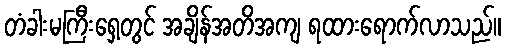
တံခါးမကြီးရှေ့တွင် အချိန်အတိအကျ ရထားရောက်လာသည်။